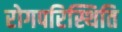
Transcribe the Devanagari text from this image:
रोगपरिस्थिति